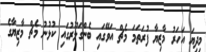
މިދިޔަ އަހަރު މާޒިޔާ ފުރަތަމަ މެޗް އަވޭގައި ބެންގަލޫރުގައި ކުޅުނު މެޗް މާޒިޔާގެ